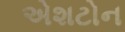
એશટોન